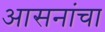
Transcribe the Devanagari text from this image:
आसनांचा